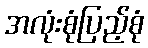
အလုံးစုံပြည့်စုံ